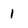
Character: 1